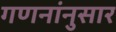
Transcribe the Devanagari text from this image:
गणनांनुसार